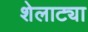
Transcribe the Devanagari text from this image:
शेलाट्या